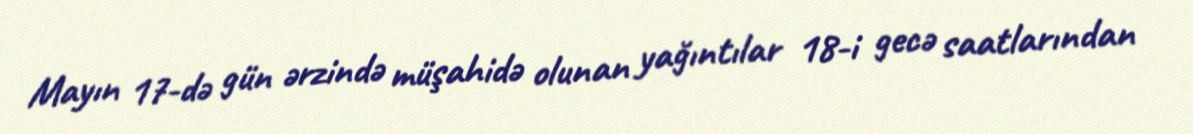
Mayın 17-də gün ərzində müşahidə olunan yağıntılar 18-i gecə saatlarından